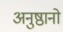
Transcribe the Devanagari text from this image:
अनुष्ठानो